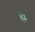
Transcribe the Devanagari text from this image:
ह्में